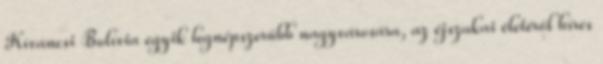
Kíváncsi Bolívia egyik legnépszerűbb nagyvárosára, az éjszakai életéről híres